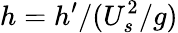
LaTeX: h=h^{\prime}/(U_{s}^{2}/g)